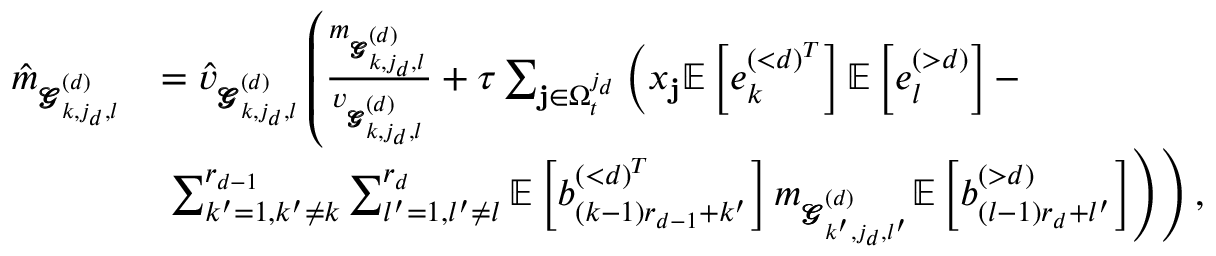
\begin{array} { r l } { \hat { m } _ { \pmb { \mathscr { G } } _ { k , j _ { d } , l } ^ { ( d ) } } } & { = \hat { v } _ { \pmb { \mathscr { G } } _ { k , j _ { d } , l } ^ { ( d ) } } \left( \frac { m _ { \pmb { \mathscr { G } } _ { k , j _ { d } , l } ^ { ( d ) } } } { v _ { \pmb { \mathscr { G } } _ { k , j _ { d } , l } ^ { ( d ) } } } + \tau \sum _ { \mathbf { j } \in \Omega _ { t } ^ { j _ { d } } } \left( x _ { \mathbf { j } } \mathbb { E } \left[ e _ { k } ^ { ( < d ) ^ { T } } \right] \mathbb { E } \left[ e _ { l } ^ { ( > d ) } \right] - \right. \right. } \\ & { \left. \left. \sum _ { k ^ { \prime } = 1 , k ^ { \prime } \neq k } ^ { r _ { d - 1 } } \sum _ { l ^ { \prime } = 1 , l ^ { \prime } \neq l } ^ { r _ { d } } \mathbb { E } \left[ b _ { ( k - 1 ) r _ { d - 1 } + k ^ { \prime } } ^ { ( < d ) ^ { T } } \right] m _ { \pmb { \mathscr { G } } _ { k ^ { \prime } , j _ { d } , l ^ { \prime } } ^ { ( d ) } } \mathbb { E } \left[ b _ { ( l - 1 ) r _ { d } + l ^ { \prime } } ^ { ( > d ) } \right] \right) \right) , } \end{array}